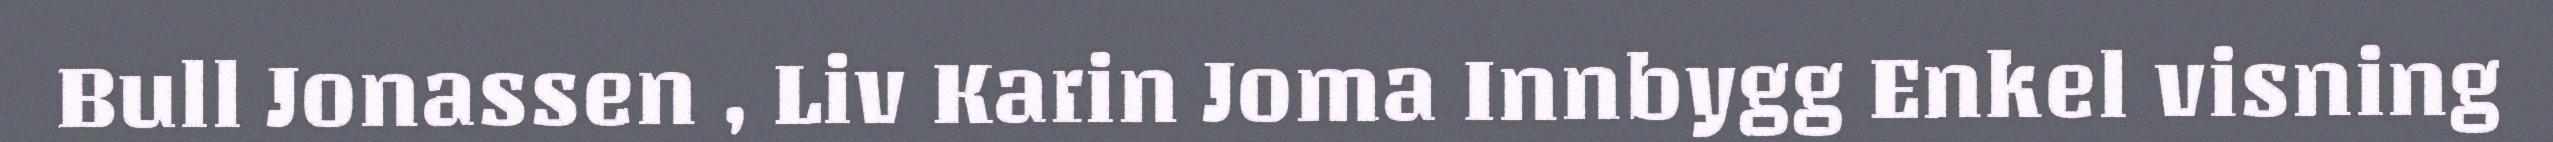
Bull Jonassen , Liv Karin Joma Innbygg Enkel visning